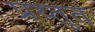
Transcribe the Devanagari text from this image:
प्रय्तुत